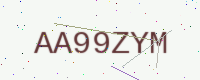
Text: AA99ZYM